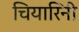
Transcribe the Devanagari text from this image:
चियारिनी